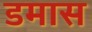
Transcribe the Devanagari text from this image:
डमास